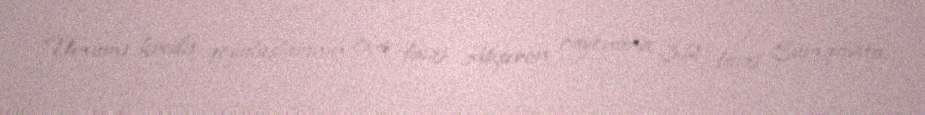
Ümumi kredit qoyuluşlarının 0,4 faizi Abşeron rayonuna, 3,2 faizi Sumqayıta,